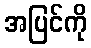
အပြင်ကို